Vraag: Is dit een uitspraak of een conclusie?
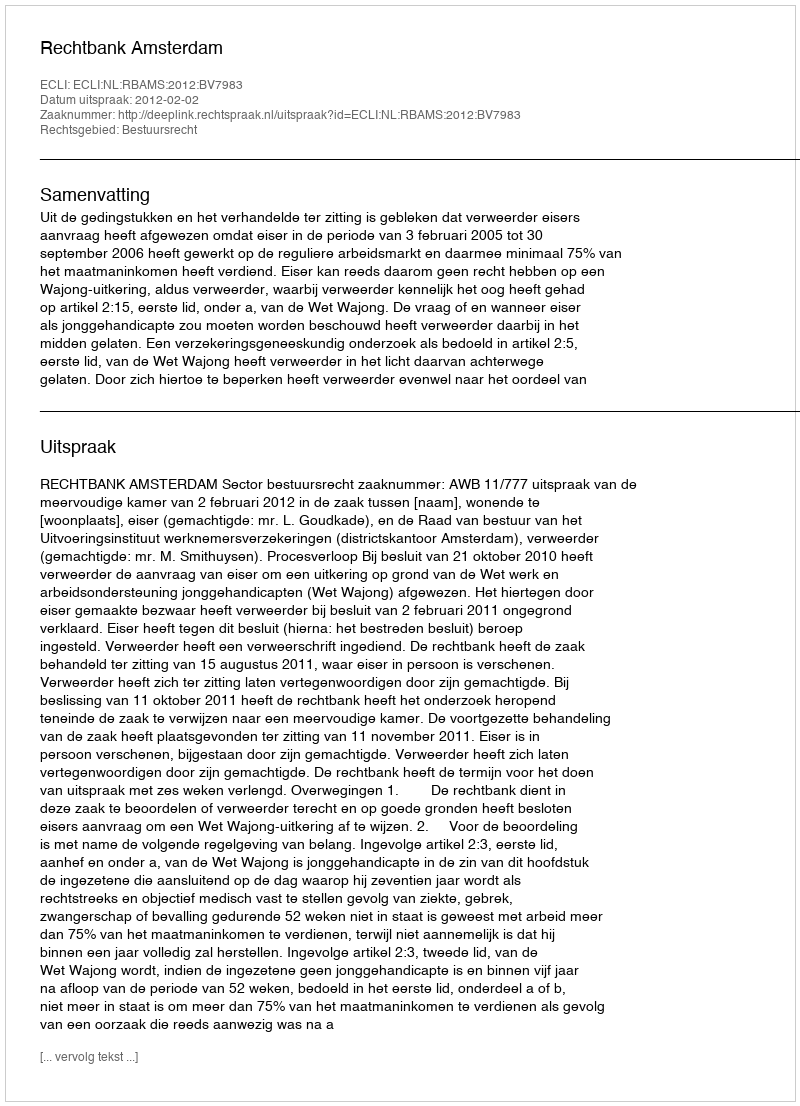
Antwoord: Uitspraak